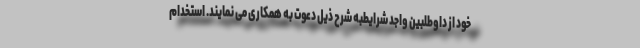
خود از داوطلبین واجد شرایطبه شرح ذیل دعوت به همکاری می نمایند. استخدام